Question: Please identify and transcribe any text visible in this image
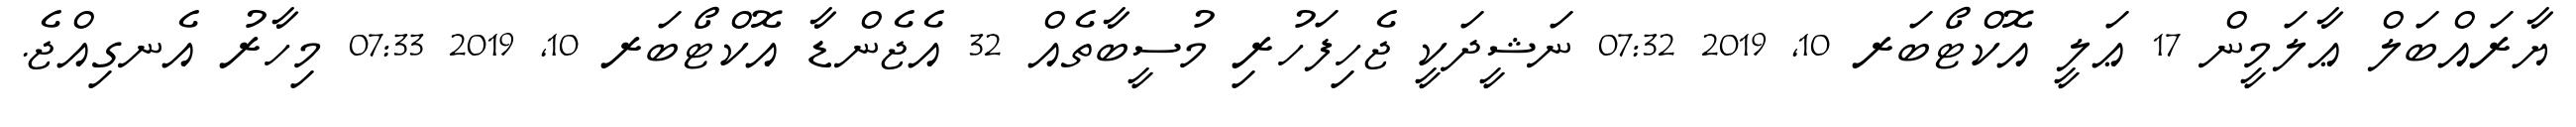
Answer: ޔާރައްބަލް ޢާލަމީން 17 ޢަލީ އޮކްޓޯބަރ 10, 2019 07:32 ނަޝީދަކީ ޖެހިފަހުރި މުސީބާތެއް 32 އެޖެންޑާ އޮކްޓޯބަރ 10, 2019 07:33 މިހާރު އެނގިއްޖެ.